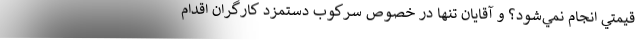
قيمتي انجام نمي‌شود؟ و آقايان تنها در خصوص سركوب دستمزد كارگران اقدام